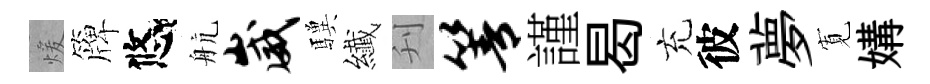
煖簰悠航崴驥纎刋箐謹曷充彼夢𡩖媾